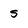
Character: s